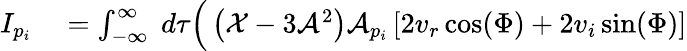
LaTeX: \begin{array}{rl}{I_{p_{i}}}&{{}=\int_{-\infty}^{\infty}\; d\tau\Big(\left(\mathcal{X}-3\mathcal{A}^{2}\right)\mathcal{A}_{p_{i}}\left[2v_{r}\cos(\Phi)+2v_{i}\sin(\Phi)\right]}\end{array}